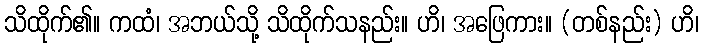
သိထိုက်၏။ ကထံ၊ အဘယ်သို့ သိထိုက်သနည်း။ ဟိ၊ အဖြေကား။ (တစ်နည်း) ဟိ၊